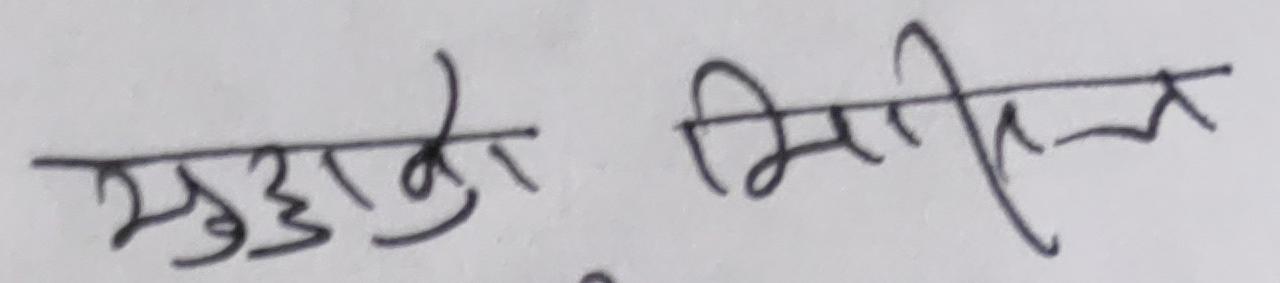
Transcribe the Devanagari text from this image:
सुझाउ मिएन।